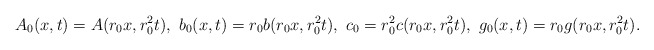
\begin{align*}A_{0}(x, t)= A(r_0 x, r_{0}^{2} t),\ b_{0}(x, t)= r_0 b(r_{0}x, r_{0}^{2}t),\ c_0=r_{0}^2 c(r_{0}x, r_{0}^{2}t),\ g_0(x,t)=r_0 g(r_{0}x, r_{0}^{2}t).\end{align*}